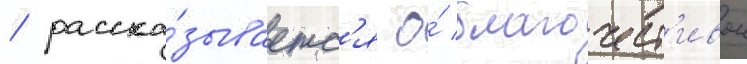
/ расска́зываетс'я о́ благочест'ивои